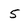
Character: 5